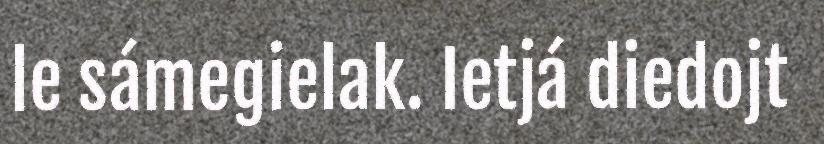
le sámegielak. Ietjá diedojt